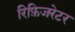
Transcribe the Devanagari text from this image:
रिफ़िजरेटर